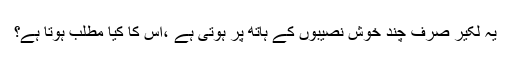
یہ لکیر صرف چند خوش نصیبوں کے ہاتھ پر ہوتی ہے ،اس کا کیا مطلب ہوتا ہے؟